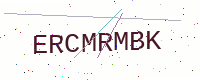
Text: ERCMRMBK